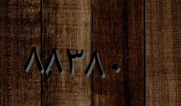
٨٨٣٨٠